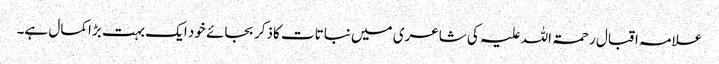
علامہ اقبال رحمۃ اللہ علیہ کی شاعری میں نباتات کاذکر بجائے خود ایک بہت بڑاکمال ہے۔